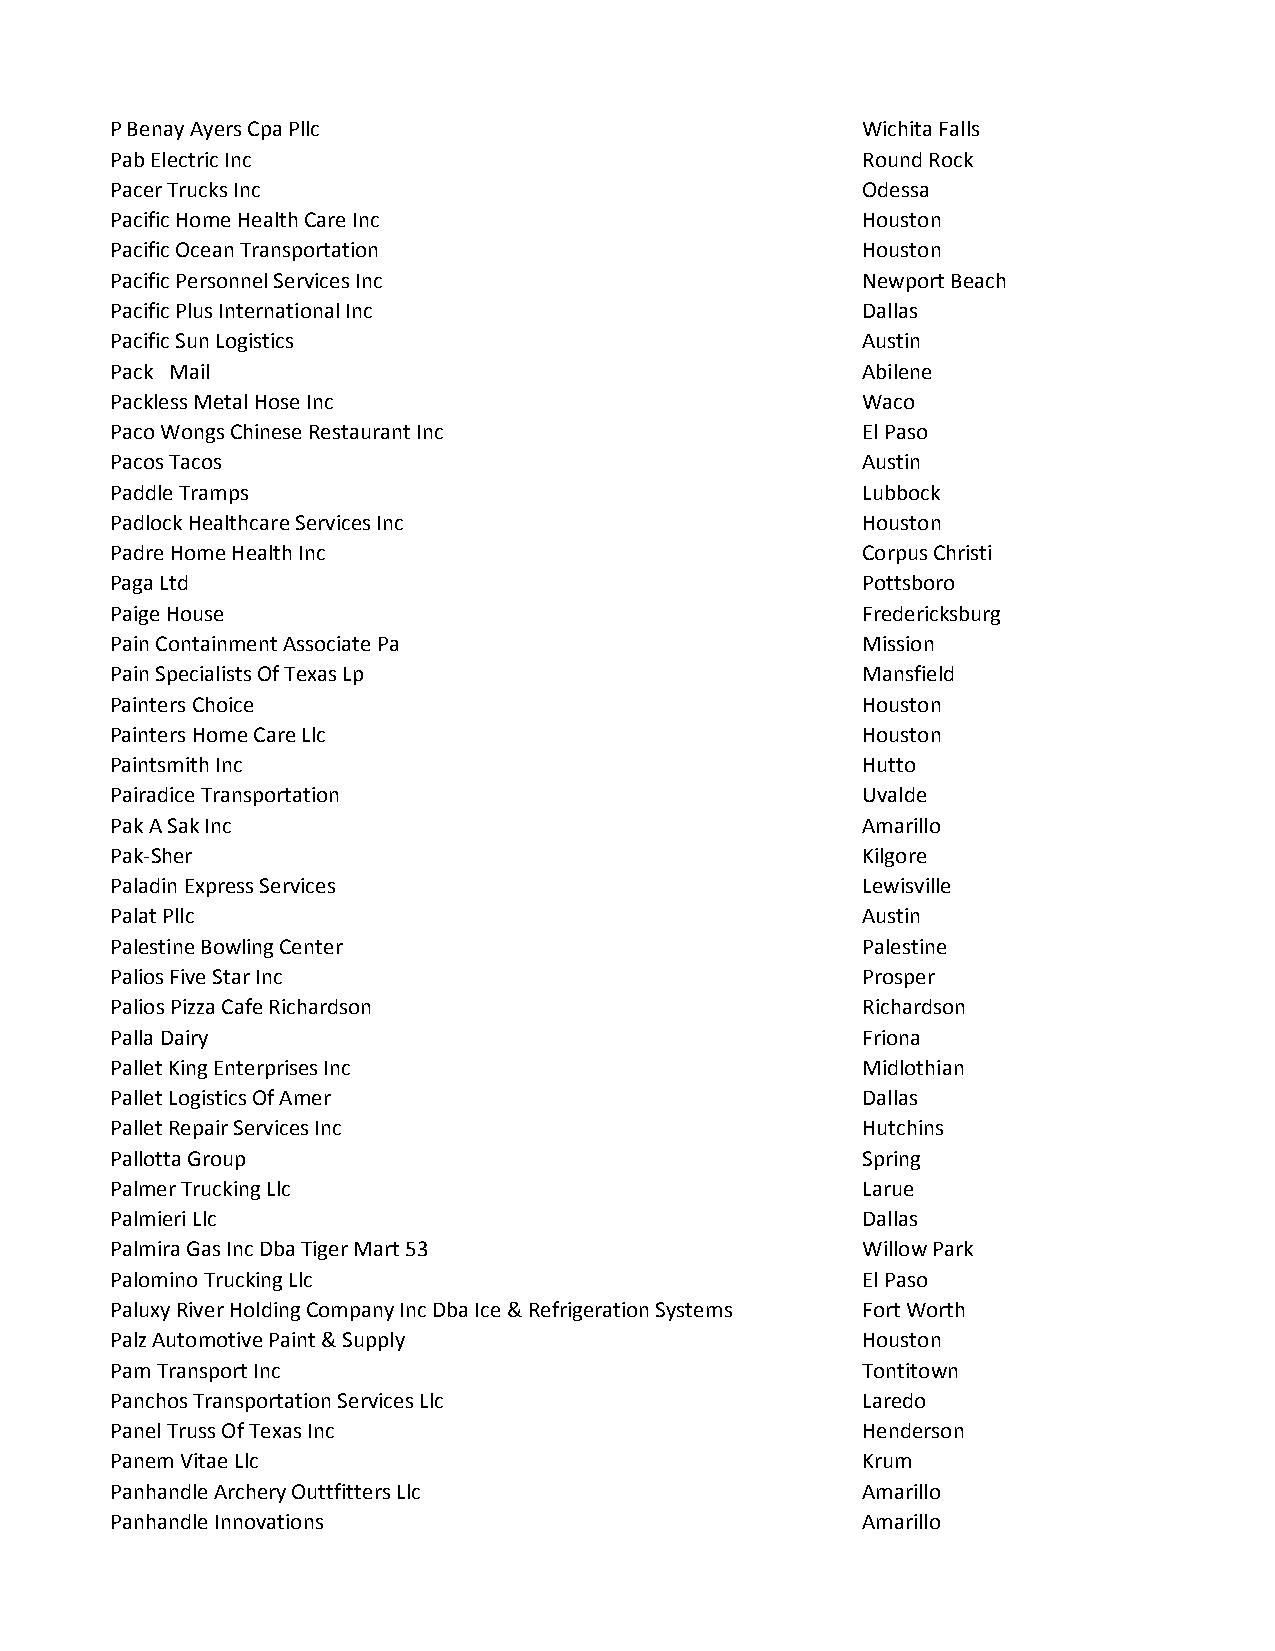
P Benay Ayers Cpa Pllc                            Wichita Falls
 Pab Electric Inc                                  Round Rock
 Pacer Trucks Inc                                  Odessa
 Pacific Home Health Care Inc                      Houston
 Pacific Ocean Transportation                      Houston
 Pacific Personnel Services Inc                    Newport Beach
 Pacific Plus International Inc                    Dallas
 Pacific Sun Logistics                             Austin
 Pack Mail                                         Abilene
 Packless Metal Hose Inc                           Waco
 Paco Wongs Chinese Restaurant Inc                 El Paso
 Pacos Tacos                                       Austin
 Paddle Tramps                                     Lubbock
 Padlock Healthcare Services Inc                   Houston
 Padre Home Health Inc                             Corpus Christi
 Paga Ltd                                          Pottsboro
 Paige House                                       Fredericksburg
 Pain Containment Associate Pa                     Mission
 Pain Specialists Of Texas Lp                      Mansfield
 Painters Choice                                   Houston
 Painters Home Care Llc                            Houston
 Paintsmith Inc                                    Hutto
 Pairadice Transportation                          Uvalde
 Pak A Sak Inc                                     Amarillo
 Pak-Sher                                          Kilgore
 Paladin Express Services                          Lewisville
 Palat Pllc                                        Austin
 Palestine Bowling Center                          Palestine
 Palios Five Star Inc                              Prosper
 Palios Pizza Cafe Richardson                      Richardson
 Palla Dairy                                       Friona
 Pallet King Enterprises Inc                       Midlothian
 Pallet Logistics Of Amer                          Dallas
 Pallet Repair Services Inc                        Hutchins
 Pallotta Group                                    Spring
 Palmer Trucking Llc                               Larue
 Palmieri Llc                                      Dallas
 Palmira Gas Inc Dba Tiger Mart 53                 Willow Park
 Palomino Trucking Llc                             El Paso
 Paluxy River Holding Company Inc Dba Ice & Refrigeration Systems Fort Worth
 Palz Automotive Paint & Supply                    Houston
 Pam Transport Inc                                 Tontitown
 Panchos Transportation Services Llc               Laredo
 Panel Truss Of Texas Inc                          Henderson
 Panem Vitae Llc                                   Krum
 Panhandle Archery Outtfitters Llc                 Amarillo
 Panhandle Innovations                             Amarillo